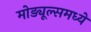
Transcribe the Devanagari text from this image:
मोड्यूल्समध्ये